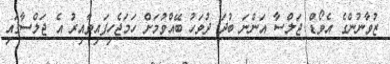
ޒުވާނުންގެ އެވޯޑް ޖަލްސާ އަންނަ ބުދަ ދުވަހު ބޭއްވުމަށް ހަމަޖެހިފައިވާއިރު އެ ޖަލްސާގައި